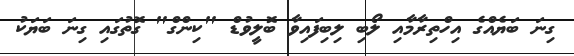
ގިނަ ބަޔެއްގެ އިހްތިރާމާއި ލޯބި ލިބިފައިވާ ބޮލީވުޑް "ކިންގް" ގޮތުގައި ގިނަ ބަޔަކު